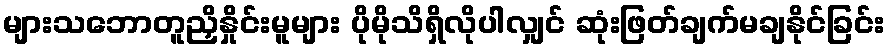
များသဘောတူညှိနှိုင်းမူများ ပိုမိုသိရှိလိုပါလျှင် ဆုံးဖြတ်ချက်မချနိုင်ခြင်း